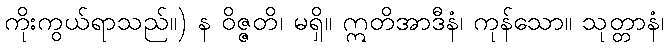
ကိုးကွယ်ရာသည်။) န ဝိဇ္ဇတိ၊ မရှိ။ ဣတိအာဒီနံ၊ ကုန်သော။ သုတ္တာနံ၊